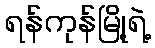
ရန်ကုန်မြို့ရဲ့